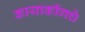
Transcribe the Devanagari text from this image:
कायाकींगचे